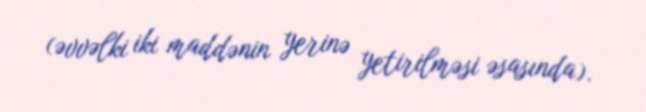
(əvvəlki iki maddənin yerinə yetirilməsi əsasında).